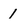
Character: 1